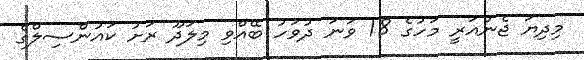
މިދިޔަ ޖެނުއަރީ މަހުގެ 18 ވަނަ ދުވަހު ބޭއްވި މިލަދޫ ރަށު ކައުންސިލްގެ